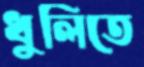
ধুলিতে